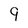
Character: 9